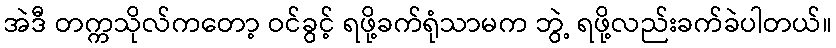
အဲဒီ တက္ကသိုလ်ကတော့ ဝင်ခွင့် ရဖို့ခက်ရုံသာမက ဘွဲ့ ရဖို့လည်းခက်ခဲပါတယ်။